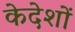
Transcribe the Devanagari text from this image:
केदेशों